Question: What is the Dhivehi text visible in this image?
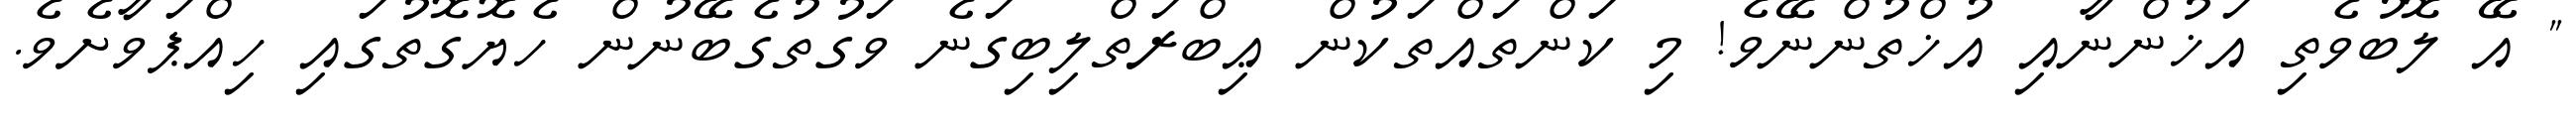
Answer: " އޭ ލޮބުވެތި އަޚުންނާއި އުޚްތުންނޭވެ! މި ކަންތައްތަކުން ޢިބްރަތްލިބިގަނެ ވަގުތުގެބޭނުން ހެޔޮގޮތުގައި ހިއްޕަވާށެވެ.